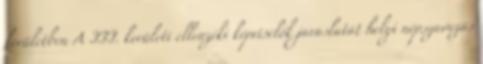
kerületben A III. kerületi ellenzéki képviselők javaslatát helyi népszavazás